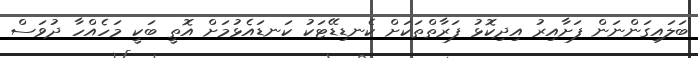
ބަލައިގަންނަން ފަށާއިރު އިދިކޮޅު ފަރާތްތަކަށް ކެނޑިޑޭޓަކު ކަނޑައެޅުމަށް އޮތީ ބަކީ މަހެއްހާ ދުވަސް